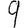
Digit: 9